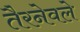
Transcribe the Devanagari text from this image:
तैरनेवले